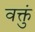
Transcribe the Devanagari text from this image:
वक्तुं